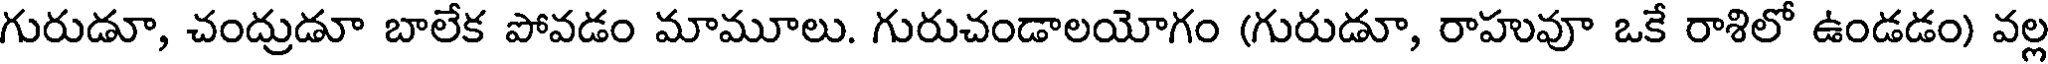
గురుడూ, చంద్రుడూ బాలేక పోవడం మామూలు. గురుచండాలయోగం (గురుడూ, రాహువూ ఒకే రాశిలో ఉండడం) వల్ల